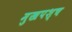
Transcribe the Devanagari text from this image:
मुखपश्च